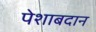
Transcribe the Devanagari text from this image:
पेशाबदान